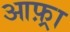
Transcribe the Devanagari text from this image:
आफ़्रा